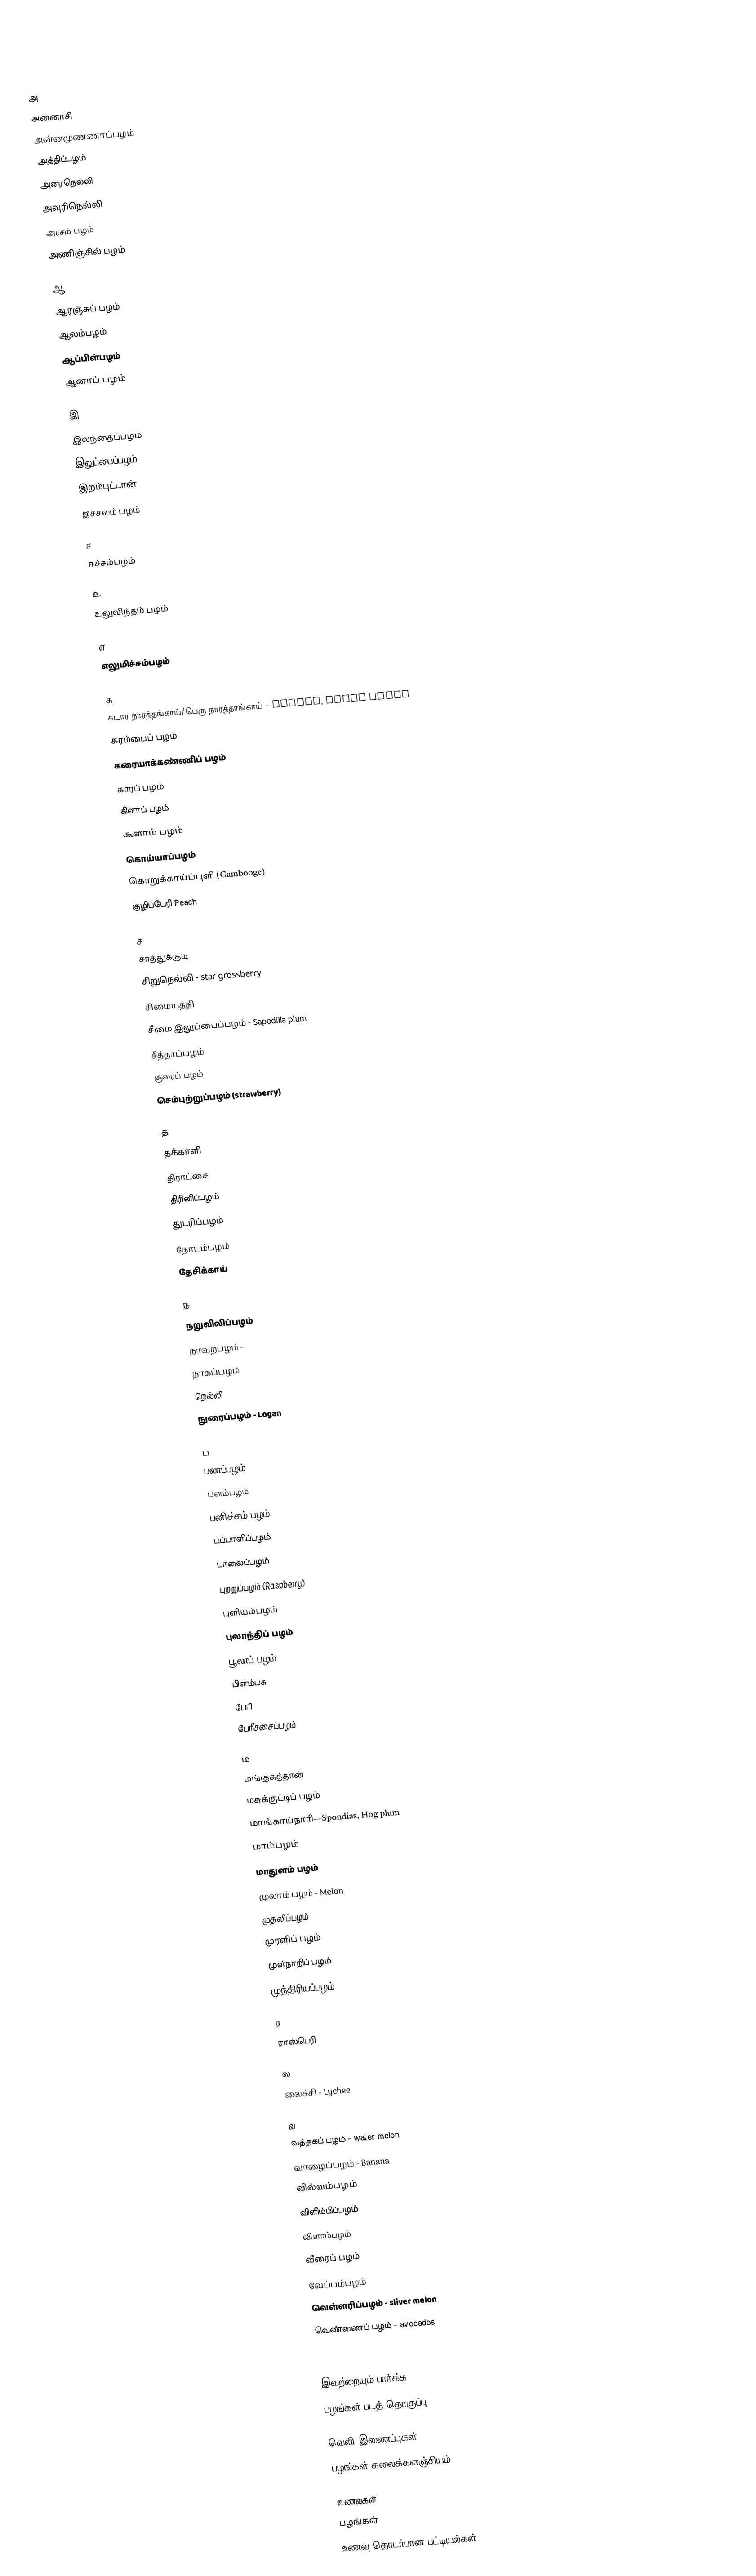

அ
 அன்னாசி
 அன்னமுண்ணாப்பழம்
 அத்திப்பழம்
 அரைநெல்லி
 அவுரிநெல்லி
 அரசம் பழம்
 அணிஞ்சில் பழம்

ஆ
 ஆரஞ்சுப் பழம்
 ஆலம்பழம்
 ஆப்பிள்பழம்
 ஆனாப் பழம்

இ
 இலந்தைப்பழம்
 இலுப்பைப்பழம்
 இறம்புட்டான்
 இச்சலம் பழம்

ஈ
ஈச்சம்பழம்

உ
 உலுவிந்தம் பழம்

எ
 எலுமிச்சம்பழம்

க
 கடார நாரத்தங்காய்/பெரு நாரத்தாங்காய் - Pamelo, Grape fruit
 கரம்பைப் பழம்
 கரையாக்கண்ணிப் பழம்
 காரப் பழம்
 கிளாப் பழம்
 கூளாம் பழம்
 கொய்யாப்பழம்
 கொறுக்காய்ப்புளி (Gambooge)
 குழிப்பேரி Peach

ச
 சாத்துக்குடி
 சிறுநெல்லி - star grossberry
 சிமையத்தி
 சீமை இலுப்பைப்பழம் - Sapodilla plum
 சீத்தாப்பழம்
 சூரைப் பழம்
 செம்புற்றுப்பழம் (strawberry)

த
 தக்காளி
 திராட்சை
 திரினிப்பழம்
 துடரிப்பழம்
 தோடம்பழம்
 தேசிக்காய்

ந
 நறுவிலிப்பழம்
 நாவற்பழம் -
 நாகப்பழம்
 நெல்லி
 நுரைப்பழம் - Logan

ப
 பலாப்பழம்
 பனம்பழம்
 பனிச்சம் பழம்
 பப்பாளிப்பழம்
 பாலைப்பழம்
 புற்றுப்பழம் (Raspberry)
 புளியம்பழம்
 புலாந்திப் பழம்
 பூலாப் பழம்
 பிளம்பசு
 பேரி
 பேரீச்சைப்பழம்

ம
 மங்குசுத்தான்
 மசுக்குட்டிப் பழம்
 மாங்காய்நாரி—Spondias, Hog plum
 மாம்பழம்
 மாதுளம் பழம்
 முலாம் பழம் - Melon
 முதலிப்பழம்
 முரளிப் பழம்
 முள்நாறிப் பழம்
 முந்திரியப்பழம்

ர
 ராஸ்பெரி

ல
 லைச்சி  - Lychee

வ
 வத்தகப் பழம் - water melon
 வாழைப்பழம் - Banana
 வில்வம்பழம்
 விளிம்பிப்பழம்
 விளாம்பழம்
 வீரைப் பழம்
 வேப்பம்பழம்
 வெள்ளரிப்பழம் - sliver melon
 வெண்ணைப் பழம் - avocados

இவற்றையும் பார்க்க
 பழங்கள் படத் தொகுப்பு

வெளி இணைப்புகள்
 பழங்கள் கலைக்களஞ்சியம் (Encyclopedia of fruits)

உணவுகள்
பழங்கள்
உணவு தொடர்பான பட்டியல்கள்